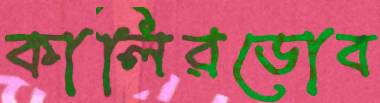
কালিরডোব